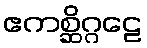
ဧကစ္ဆိဂ္ဂဠေ